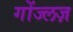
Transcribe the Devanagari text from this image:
गोंज्लज़